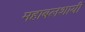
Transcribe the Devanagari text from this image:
महाबलशायी